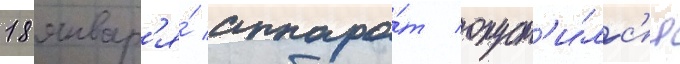
18 январ'я́ аппара́т опуст'и́лс'я